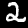
Label: 2